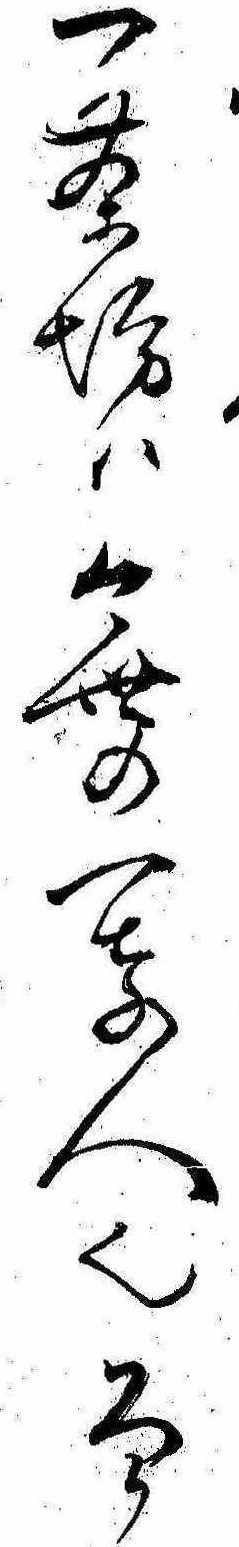
一茶坊は今世の一奇人也そか